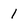
Character: 1